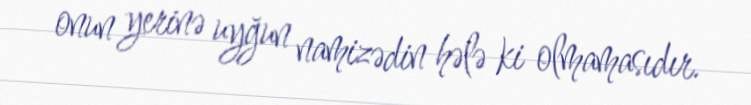
onun yerinə uyğun namizədin hələ ki olmamasıdır.